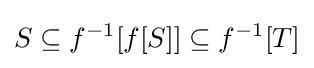
S\subseteq f^{-1}[f[S]]\subseteq f^{-1}[T]